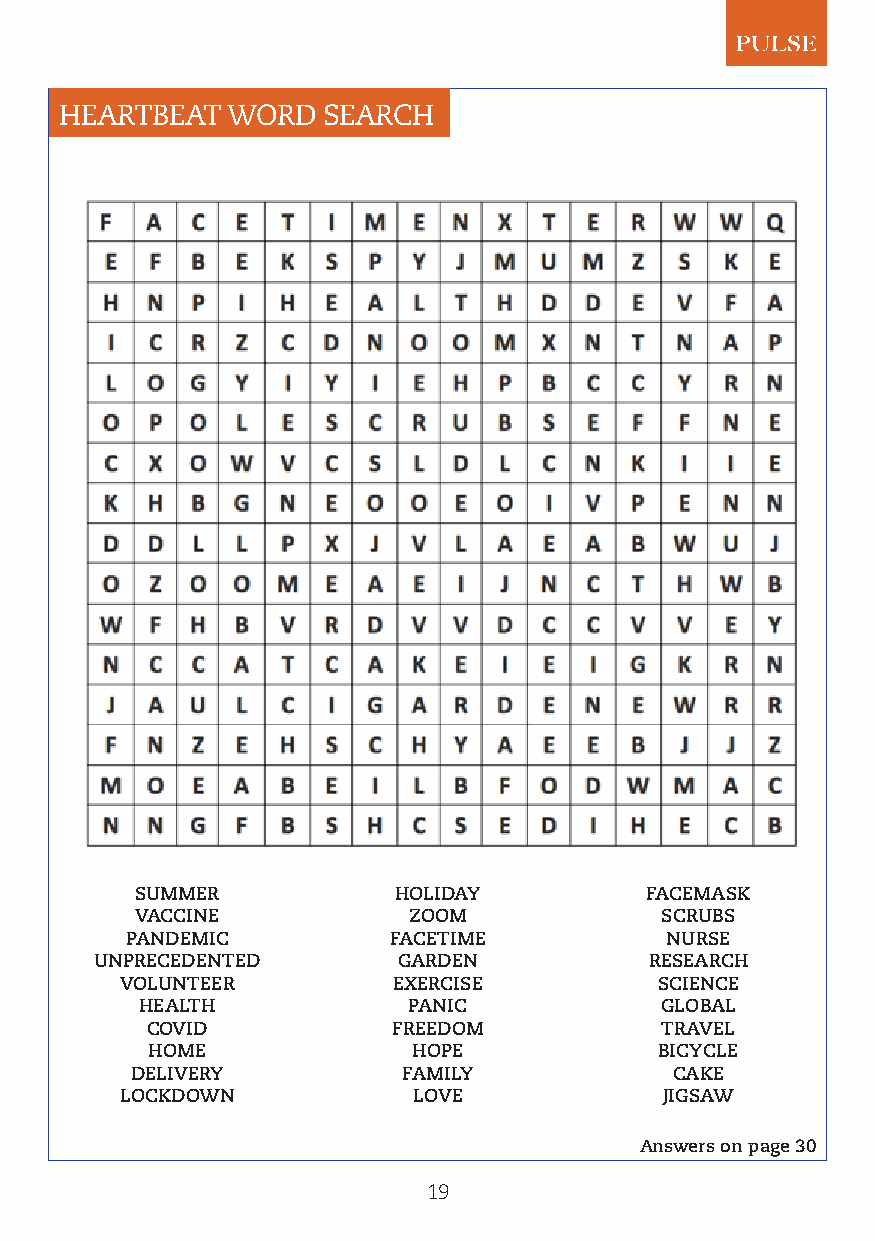
HEARTBEAT  WORD  SEARCH
 SUMMER           HOLIDAY          FACEMASK
 VACCINE           ZOOM             SCRUBS
 PANDEMIC          FACETIME          NURSE
 UNPRECEDENTED       GARDEN           RESEARCH
 VOLUNTEER         EXERCISE          SCIENCE
 HEALTH            PANIC            GLOBAL
 COVID           FREEDOM           TRAVEL
 HOME             HOPE             BICYCLE
 DELIVERY          FAMILY            CAKE
 LOCKDOWN           LOVE             JIGSAW
 Answers on page 30
 19